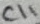
Text: C11